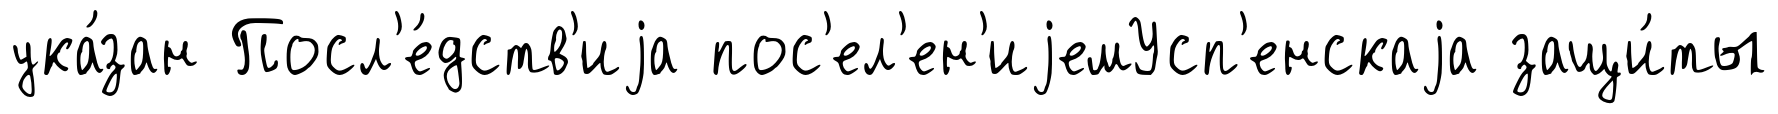
ука́зан Посл'е́дств'иjа пос'ел'ен'иjемУсп'енскаjа защи́ты